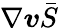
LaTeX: \nabla\boldsymbol{v}\bar{S}